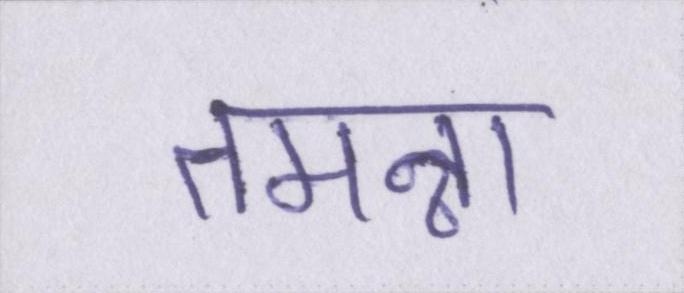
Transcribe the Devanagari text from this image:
तमन्ना